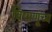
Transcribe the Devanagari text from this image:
विषाणूंच्य